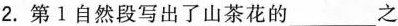
2. 第1自然段写出了山茶花的___之